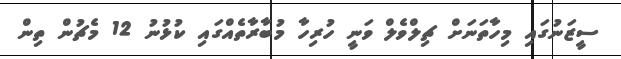
ސީޒަނުގައި މިހާތަނަށް ޗިލްވެލް ވަނީ ހުރިހާ މުބާރާތެއްގައި ކުޅުނު 12 މެޗުން ތިން